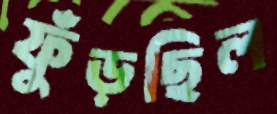
ফুঁড়ছিল